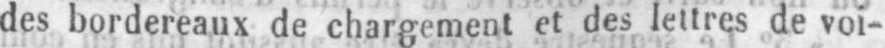
des bordereaux de chargement et des lettres de voi-